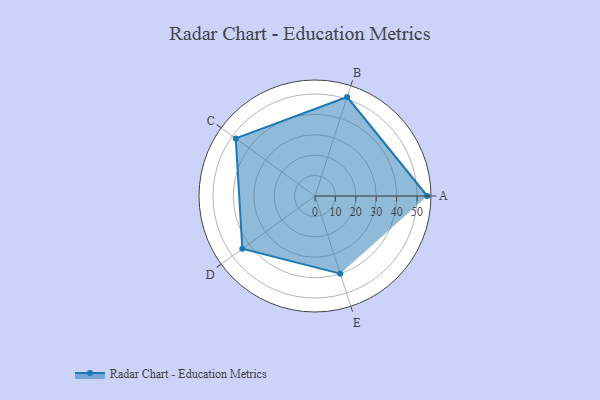
{"axis": {"x": "Skill", "y": "Score"}, "legend": ["Profile"], "data": [{"x": "A", "y": 55.0, "type": "Profile"}, {"x": "B", "y": 51.0, "type": "Profile"}, {"x": "C", "y": 48.0, "type": "Profile"}, {"x": "D", "y": 44.0, "type": "Profile"}, {"x": "E", "y": 40.0, "type": "Profile"}]}